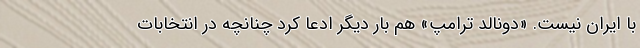
با ایران نیست. «دونالد ترامپ» هم بار دیگر ادعا کرد چنانچه در انتخابات